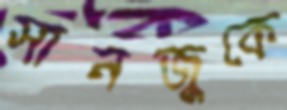
সানজুকে